Medical and sanitary report of the native army of Bengal for the year
Year: 1878
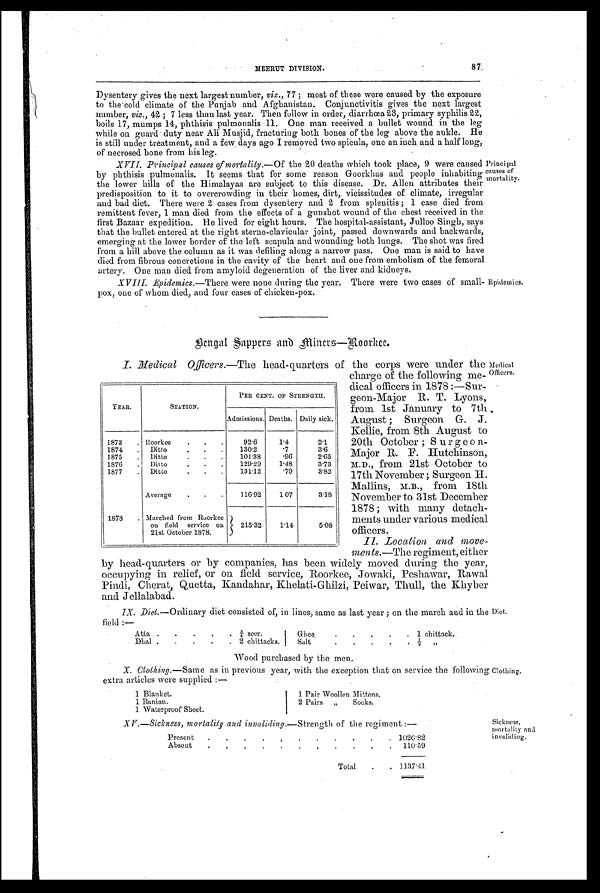
MEERUT DIVISION.
87
Dysentery gives the next largest number, viz., 77; most of these were caused by the exposure
to the.cold climate of the Punjab and Afghanistan. Conjunctivitis gives the next largest
number, viz., 42; 7 less than last year. Then follow in order, diarrhœa 23, primary syphilis 22,
boils 17, mumps 14, phthisis pulmonalis 11. One man received a bullet wound in the leg
while on guard duty near Ali Musjid, fracturing both bones of the leg above the aukle. He
is still under treatment, and a few, days ago I removed two spicula, one an inch and a half long,
of neerosed bone from his leg.
XVII. Principal causes of mortality.—Of the 20 deaths which took place, 9 were caused
by phthisis pulmonalis. It seems that for some reason Goorkhas and people inhabiting
the lower hills of the Himalayas are subject to this disease. Dr. Allen attributes their
predisposition to it to overcrowding in their homes, dirt,. vicissitudes of climate, irregular
and bad diet. There were 2 cases from dysentery and 2 from splenitis; 1 case died from
remittent fever, 1 man died from the effects of a gunshot wound of the chest received in the
first Bazaar expedition. He lived for eight hours. The hospital-assistant, Julloo Singh, says
that the bullet entered at the right sterno-clavicular joint, passed downwards and backwards,
emerging at the lower border of the left scapula and wounding both lungs. The shot was fired
from a hill above the column as it was defiling along a narrow pass. One man is said to have
died from fibrous concretions in the cavity of the heart and one from embolism of the femoral
artery. One man died from amyloid degeneration of the liver and kidneys.
Principal
causes of
mortality.
Epidemics.
XVIII. Epidemics. —There were none during the year. There were two cases of smal
pox, one of whom died, and four cases of chicken-pox.
B e n g a l S a p p e r s a n d M i n e r s — R o o r k e e .
I. Medical Officers .—The head-quarters of the corps were under the
charge of the Medical officers following me-
dical officers in 1878:—Sur-
geon-Major R. T.Lyons,
from 1st January to 7th
August; Surgeon G. J.
Kellie, from 8th August to
20th October; Surgeon-
Major R. F. Hutchinson,
M.D., from 21st October to
17th November; Surgeon H.
M.B., from 18th
November to 31st December
1878; with many detach-
ments under various medical
officers.
I I . Locat i om and move-
men ts.—The regiment, either
by head-quarters or by companies, has been widely moved during the year,
occupying in relief, or on field service, Roorkee, Jowaki, Peshawar, Rawal
Pindi, Cherat, Quetta, Kandahar, Khelati-Ghilzi, Peiwar, Thull, the Khyber
and Jellalabad.
IX. Diet.—Ordinary diet consisted of, in lines, same as last year; on the march and in the
field:—
Atta .
.
.
.
. 3 / 4 seer.
Ghee
.
.
.
. . 1 chittack.
Dhal .
.
.
.
. 2 chittacks.
Salt
.
.
.
.
. 1 / 3 . , ,
Wood purchased by the men.
X. Clothing. —Same as in previous year, with the exception that on service the following
extra articles were supplied:—
1 Blanket.
1 Pair Woollen Mittens.
1 Banian.
2 Pairs „
Socks.
1 Waterproof Sheet.
YEAR.
STATION.
PER CENT. OF STRENGTH.
Admissions. Deaths. Daily sick.
1873
. Roorkee
.
.
.
92.6
1.4
2.1
1874 . Ditto
.
.
.
130.2
.7
3.6
1875
. Ditto
.
.
.
101.38
.96
2.65
1876
. Ditto
.
.
.
129.29
1.48
3.73
1877
. Ditto
.
.
.
131.12
.79
3.82
Average
.
.
.
116.92
107
3.18
1878
. Marched from Roorkee
on field service on
21st October 1878.
215.32
1.14
5.08
Diet.
Clothing.
Sickness,
mortality and
invaliding.
XV.—Sickness, mortality and invaliding.—Strength of the regiment
Present .
.
.
. .
.
.
.
.
.
. 1026.82
Absent
.
.
.
.
.
.
. .
. .
. 110.59
Total
.
. 1137.41